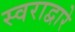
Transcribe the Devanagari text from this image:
स्वराद्वारे